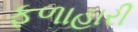
ફળાહારી